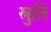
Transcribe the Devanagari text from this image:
स्रुतिं